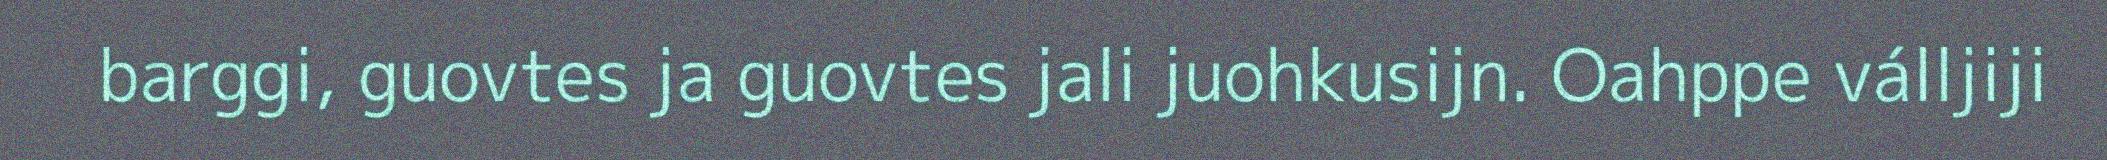
barggi, guovtes ja guovtes jali juohkusijn. Oahppe válljiji